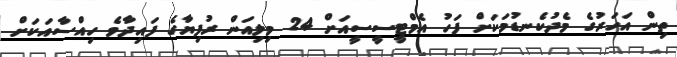
ތިން އަހަރުގެ މެދުކެނޑުމަކަށް ފަހު އެމްޓީސީސީއަށް 24 މިލިއަން ރުފިޔާގެ ފައިދާވެ ހިއްސާއަކަށް